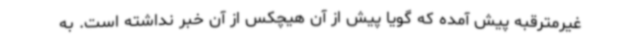
غیرمترقبه پیش آمده که گویا پیش از آن هیچکس از آن خبر نداشته است. به